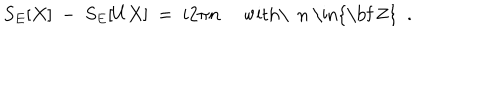
LaTeX: S _ { E } [ X ] \ - \ S _ { E } [ U X ] \ = \ i 2 \pi n \quad \mathrm { ~ w i t h \ ~ n ~ \in { \bf ~ Z } ~ } \ .